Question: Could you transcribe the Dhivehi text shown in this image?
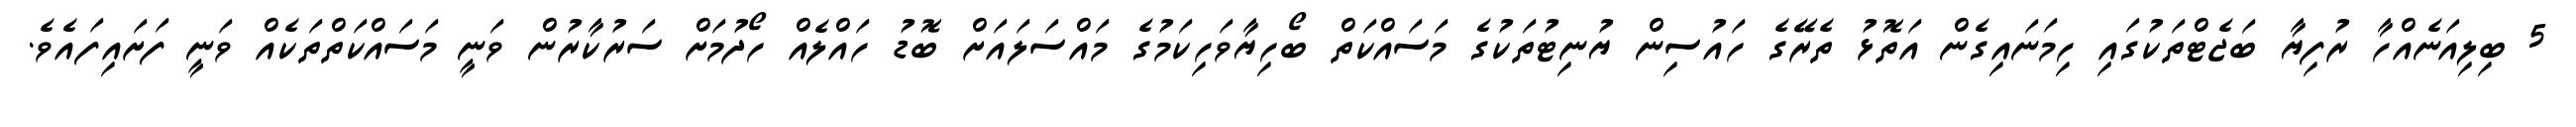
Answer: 5 ބިލިއަނެއްހާ ރުފިޔާ ބަޖެޓްތަކުގައި ހިމަނައިގެން އަތޮޅު ތެރޭގެ ހައުސިން ޔުނިޓުތަކުގެ މަސައްކަތް ބޯހިޔާވަހިކަމުގެ މައްސަލައަށް ބޮޑު ހައްލެއް ހޯދުމަށް ސަރުކާރުން ވަނީ މަސައްކަތްތަކެއް ވަނީ ފަށައިފައެވެ.